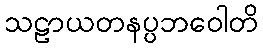
သဠာယတနပ္ပဘဝေါတိ